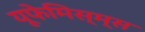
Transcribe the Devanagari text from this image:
यूफेमिस्म्स